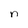
Character: n